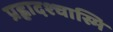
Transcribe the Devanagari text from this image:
प्रह्लादश्चास्मि